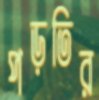
পড়তির